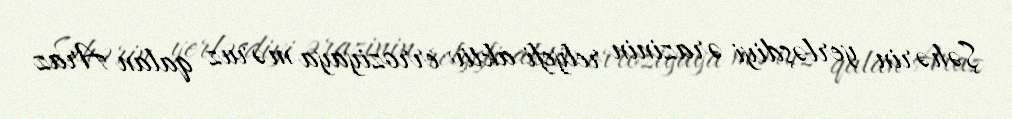
Şəhərin yerləşdiyi ərazinin relyefi aktiv erroziyaya məruz qalan Araz